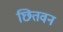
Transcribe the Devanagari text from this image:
छितवन